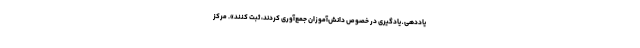
یاددهی ـ یادگیری در خصوص دانش‌آموزان جمع‌آوری کردند، ثبت کنند». مرکز